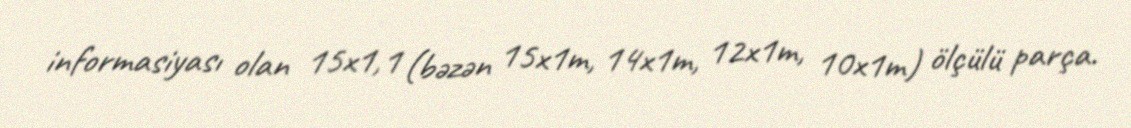
informasiyası olan 15x1,1 (bəzən 15x1m, 14x1m, 12x1m, 10x1m) ölçülü parça.